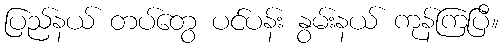
ပြည်နယ် တပ်တွေ ပင်ပန်း နွမ်းနယ် ကုန်ကြပြီ။